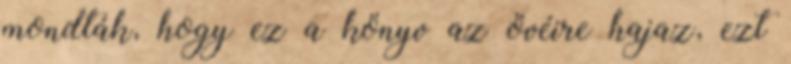
mondták, hogy ez a könyv az övéire hajaz, ezt